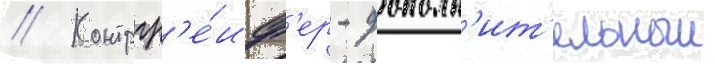
// Контргр'е́иф'ер - дополн'ит'ельныи